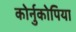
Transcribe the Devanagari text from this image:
कोर्नुकोपिया